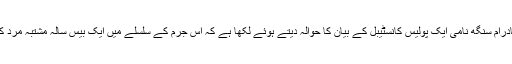
ایسوسی ایٹڈ پریس نے یادرام سنگھ نامی ایک پولیس کانسٹیبل کے بیان کا حوالہ دیتے ہوئے لکھا ہے کہ اس جرم کے سلسلے میں ایک بیس سالہ مشتبہ مرد کو گرفتار کر لیا گیا ہے۔